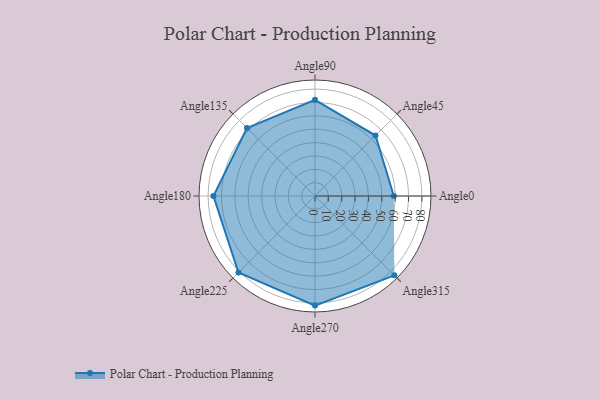
{"axis": {"x": "Angle", "y": "Radius"}, "legend": [""], "data": [{"x": "Angle0", "y": 59.0, "type": ""}, {"x": "Angle45", "y": 64.0, "type": ""}, {"x": "Angle90", "y": 72.0, "type": ""}, {"x": "Angle135", "y": 72.0, "type": ""}, {"x": "Angle180", "y": 76.0, "type": ""}, {"x": "Angle225", "y": 81.0, "type": ""}, {"x": "Angle270", "y": 82.0, "type": ""}, {"x": "Angle315", "y": 84.0, "type": ""}]}